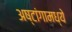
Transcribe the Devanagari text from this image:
अष्टांगामध्ये